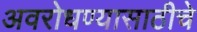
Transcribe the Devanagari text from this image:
अवरोधण्यासाठीचे